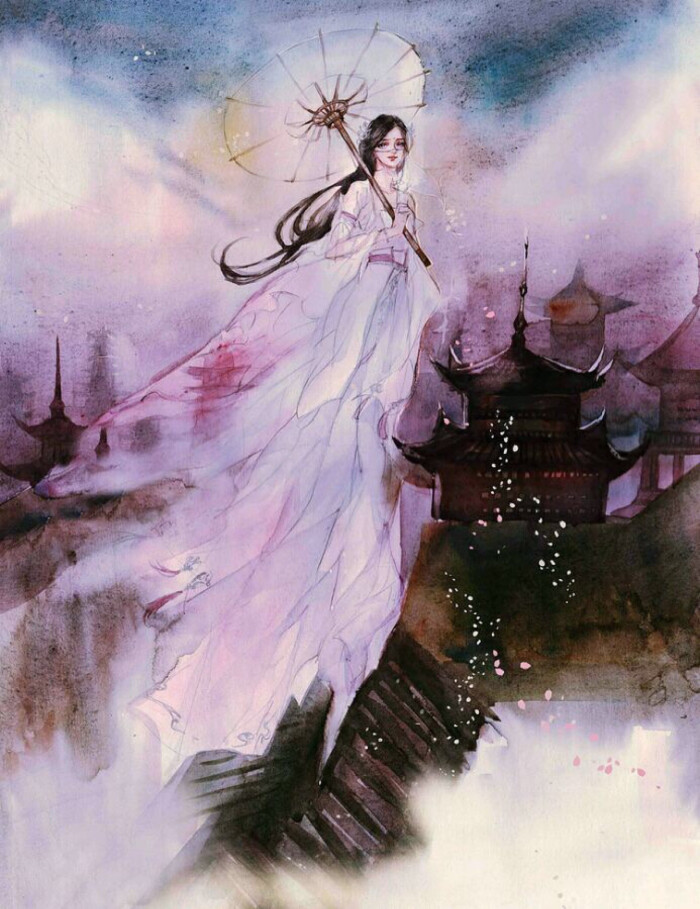
明日相思莫上楼，楼上多风雨。